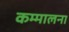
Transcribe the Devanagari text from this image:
कम्मालना